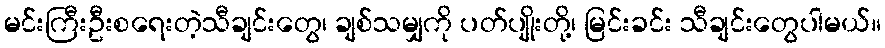
မင်းကြီးဦးစရေးတဲ့သီချင်းတွေ၊ ချစ်သမျှကို ပတ်ပျိုးတို့၊ မြင်းခင်း သီချင်းတွေပါမယ်။